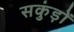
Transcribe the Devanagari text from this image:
सकुंड़ों